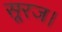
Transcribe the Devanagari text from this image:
सूरज।